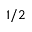
1 / 2